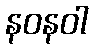
နဝနဝါ